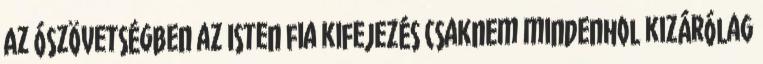
Az Ószövetségben az Isten fia kifejezés csaknem mindenhol kizárólag